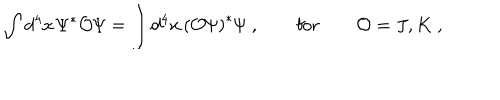
LaTeX: \int d ^ { 4 } x \, { \mit \Psi } ^ { \ast } { \cal O } { \mit \Psi } = \int d ^ { 4 } x \, \left( { \cal O } { \mit \Psi } \right) ^ { \ast } { \mit \Psi } \ , \qquad \mathrm { f o r } \qquad { \cal O } = J , K \ ,